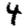
Digit: 4